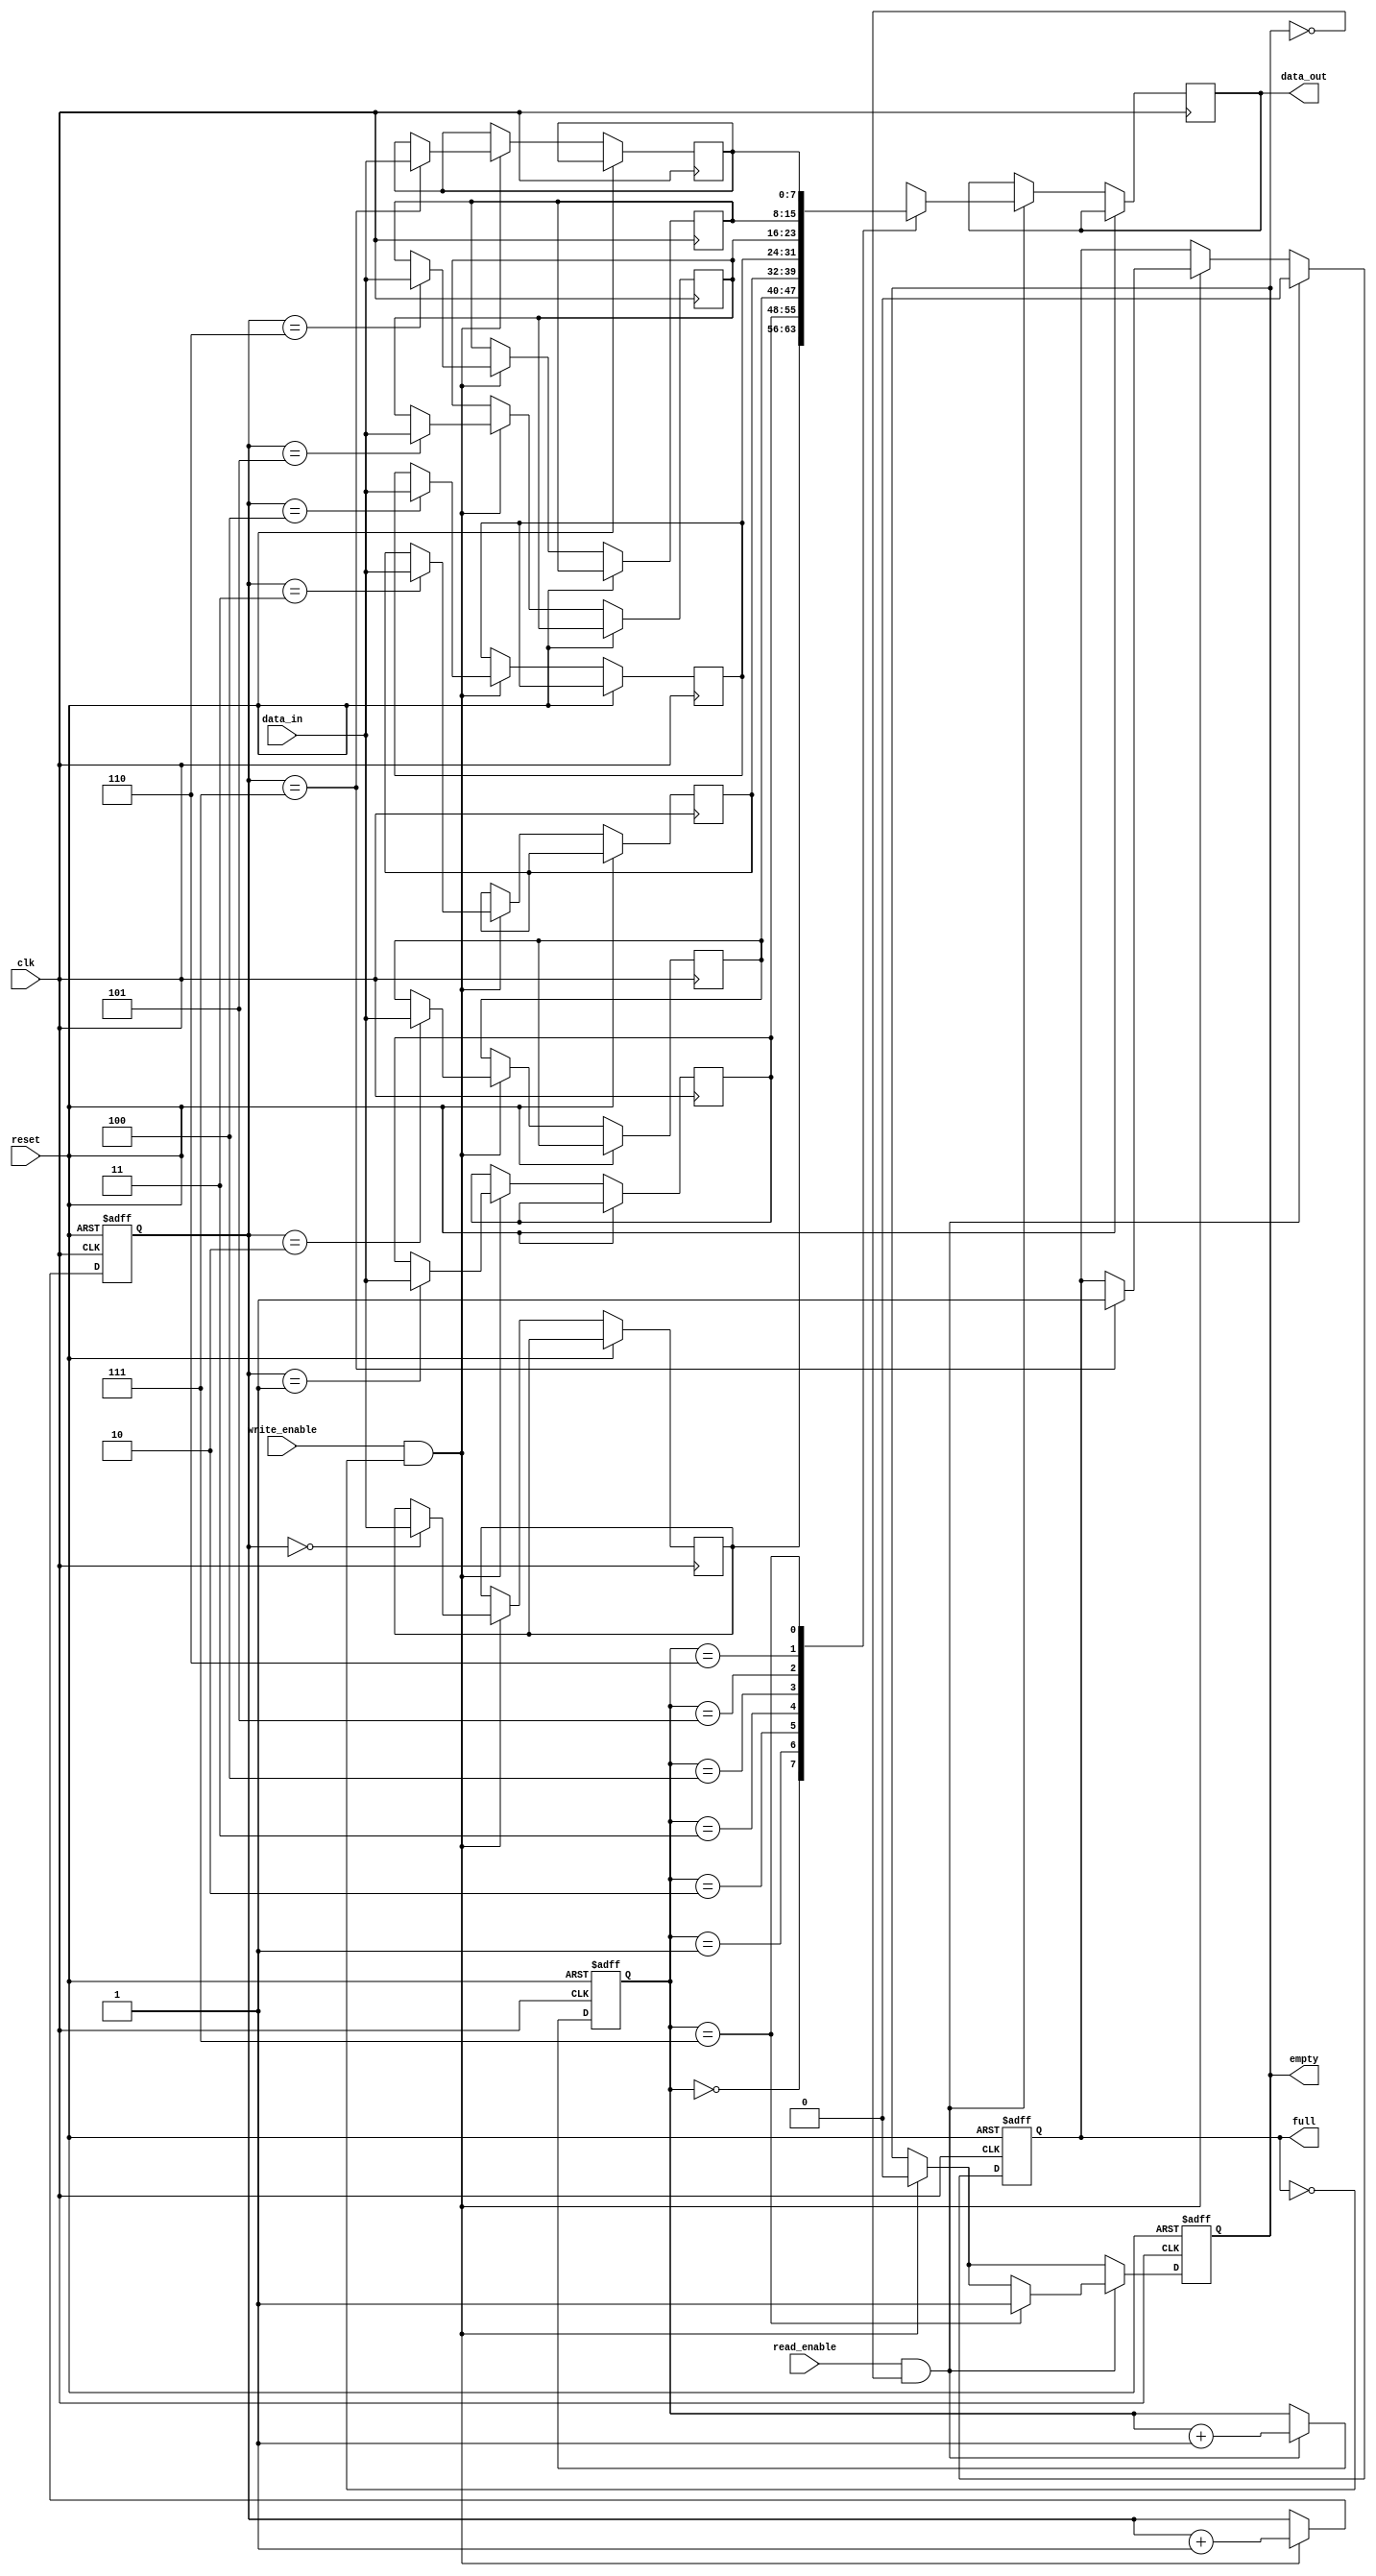
module fifo (
    input wire clk,
    input wire reset,
    input wire write_enable,
    input wire read_enable,
    input wire [7:0] data_in,
    
    output reg [7:0] data_out,
    output reg full,
    output reg empty
);

reg [7:0] memory [0:7];
reg [2:0] write_pointer, read_pointer;

always @(posedge clk or posedge reset) begin
    if (reset) begin
        write_pointer <= 3'b000;
        read_pointer <= 3'b000;
        full <= 1'b0;
        empty <= 1'b1;
    end else begin
        if (write_enable && !full) begin
            memory[write_pointer] <= data_in;
            write_pointer <= write_pointer + 1;
            if (write_pointer == 3'b111) begin
                full <= 1'b1;
            end
            empty <= 1'b0;
        end
        
        if (read_enable && !empty) begin
            data_out <= memory[read_pointer];
            read_pointer <= read_pointer + 1;
            if (read_pointer == 3'b111) begin
                empty <= 1'b1;
            end
            full <= 1'b0;
        end
    end
end

endmodule